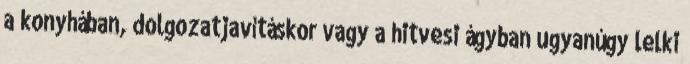
a konyhában, dolgozatjavításkor vagy a hitvesi ágyban ugyanúgy lelki